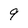
Character: 9